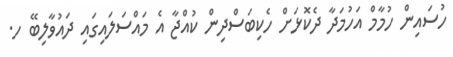
ހުސައިން ހުމާމް އަހުމަދާ ދެކޮޅަށް ހެކިބަސްދިން ކުއްޖާ އެ މައްސަލައިގައި ދައުވާލިބޭ ހ.